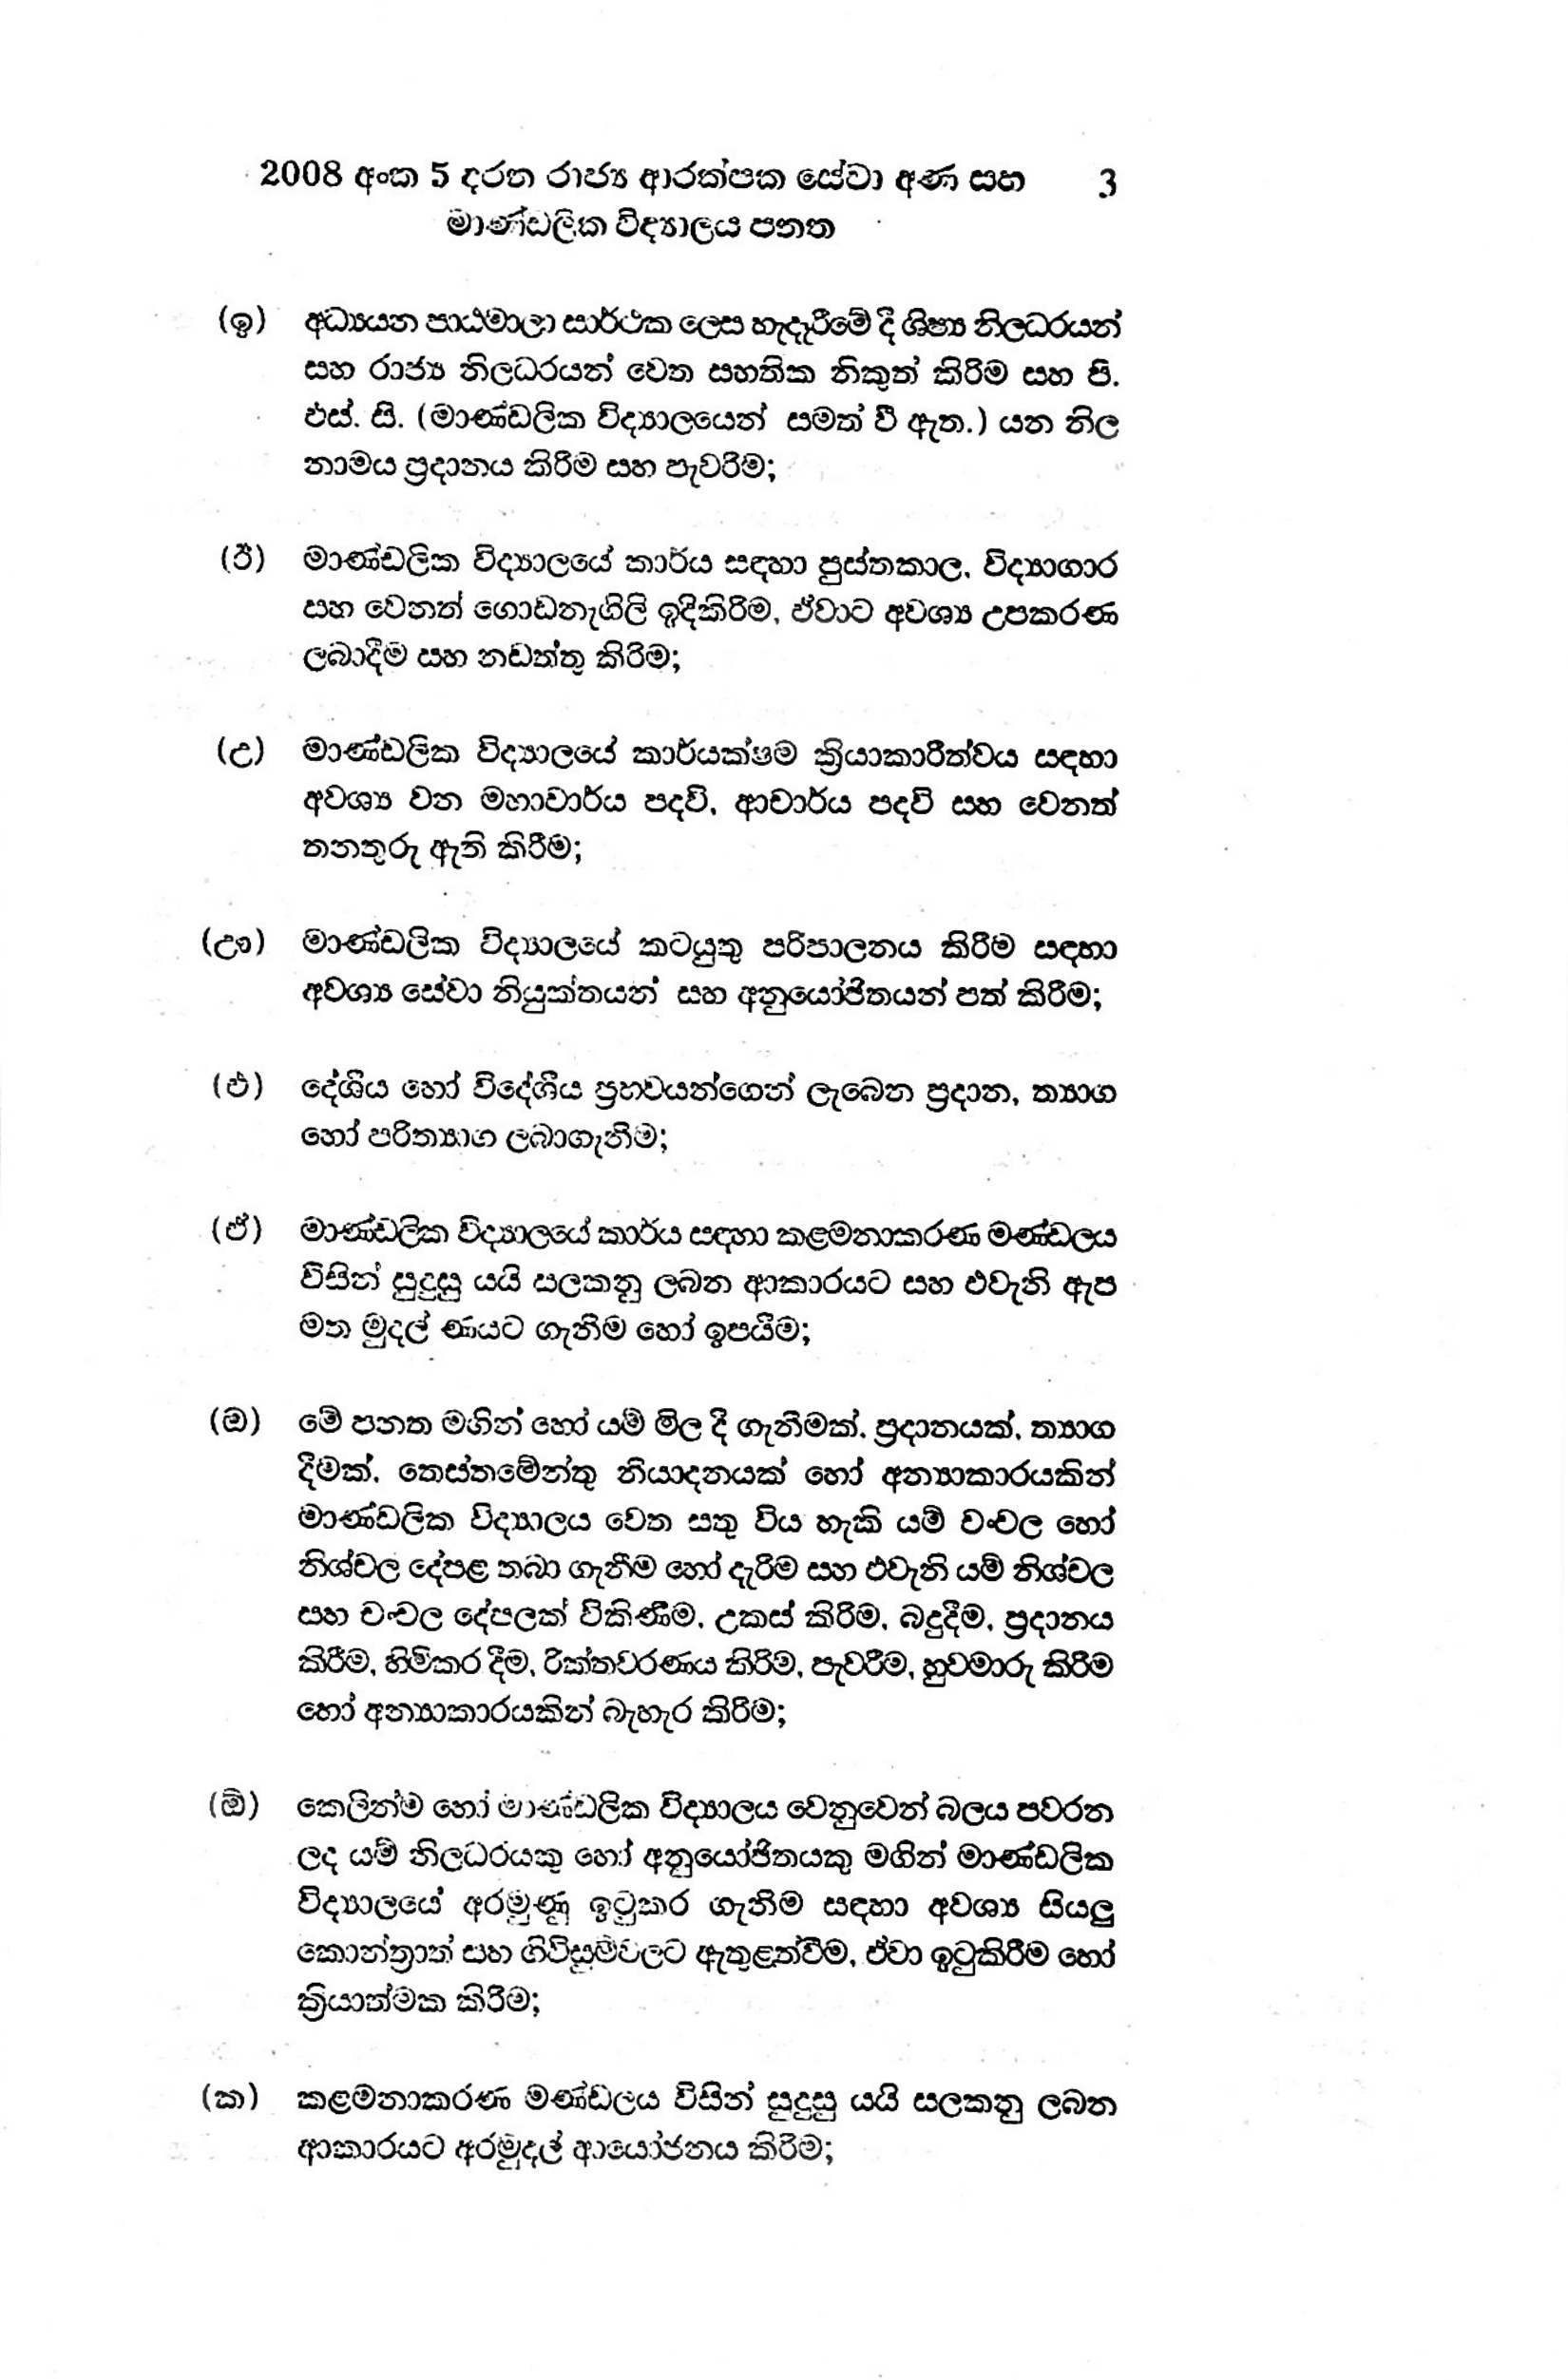
2008 අංක 5 දරන රාජ්‍ය ආරක්ෂක සේවා අණ සහ 3
මාණ්ඩලික විද්‍යාලය පනත

(ඉ) අධ්‍යයන පාඨමාලා සාර්ථක ලෙස හැදෑරීමේ දී ශිෂ්‍ය නිලධරයන්
සහ රාජ්‍ය නිලධරයන් වෙත සහතික නිකුත් කිරිම සහ පි.
එස්. සි. (මාණ්ඩලික විද්‍යාලයෙන් සමත් වී ඇත.) යන නිල
නාමය ප්‍රදානය කිරීම සහ පැවරීම;

(ඊ) මාණ්ඩලික විද්‍යාලයේ කාර්ය සඳහා පුස්තකාල, විද්‍යාගාර
සහ වෙනත් ගොඩනැගිලි ඉදිකිරිම, ඒවාට අවශ්‍ය උපකරණ
ලබාදීම සහ නඩත්තු කිරිම;

(උ) මාණ්ඩලික විද්‍යාලයේ කාර්යක්ෂම ක්‍රියාකාරීත්වය සඳහා
අවශ්‍ය වන මහාචාර්ය පදවි, ආචාර්ය පදවි සහ වෙනත්
තනතුරු ඇති කිරීම;

(ඌ) මාණ්ඩලික විද්‍යාලයේ කටයුතු පරිපාලනය කිරීම සඳහා
අවශ්‍ය සේවා නියුක්තයන් සහ අනුයෝජිතයන් පත් කිරීම;

(එ) දේශීය හෝ විදේශීය ප්‍රභවයන්ගෙන් ලැබෙන ප්‍රදාන, ත්‍යාග
හෝ පරිත්‍යාග ලබාගැනීම;

(ඒ) මාණ්ඩලික විද්‍යාලයේ කාර්ය සඳහා කළමනාකරණ මණ්ඩලය
විසින් සුදුසු යයි සලකනු ලබන ආකාරයට සහ එවැනි ඇප
මත මුදල් ණයට ගැනීම හෝ ඉපයීම;

(ඔ) මේ පනත මගින් හෝ යම් මිල දී ගැනීමක්. ප්‍රදානයක්, ත්‍යාග
දීමක්. තෙස්තමේන්තු නියාදනයක් හෝ අන්‍යාකාරයකින්
මාණ්ඩලික විද්‍යාලය වෙත සතු විය හැකි යම් චංචල හෝ
නිශ්චල දේපළ තබා ගැනීම හෝ දැරිම සහ එවැනි යම් නිශ්චල
සහ චංචල දේපලක් විකිණීම, උකස් කිරිම, බදුදීම, ප්‍රදානය
කිරීම‚ හිමිකර දීම, රික්තවරණය කිරිම, පැවරීම, හුවමාරු කිරීම
හෝ අන්‍යාකාරයකින් බැහැර කිරීම;

(ඕ) කෙලින්ම හෝ මාණ්ඩලික විද්‍යාලය වෙනුවෙන් බලය පවරන
ලද යම් නිලධරයකු හෝ අනුයෝජිතයකු මගින් මාණ්ඩලික
විද්‍යාලයේ අරමුණු ඉටුකර ගැනීම සඳහා අවශ්‍ය සියලු
කොන්ත්‍රාත් සහ ගිවිසුම්වලට ඇතුළත්වීම, ඒවා ඉටුකිරීම හෝ
ක්‍රියාත්මක කිරීම;

(ක) කළමනාකරණ මණ්ඩලය විසින් සුදුසු යයි සලකනු ලබන
ආකාරයට අරමුදල් ආයෝජනය කිරීම;